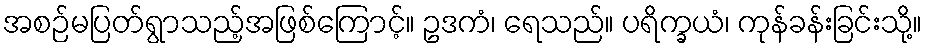
အစဉ်မပြတ်ရွာသည့်အဖြစ်ကြောင့်။ ဥဒကံ၊ ရေသည်။ ပရိက္ခယံ၊ ကုန်ခန်းခြင်းသို့။